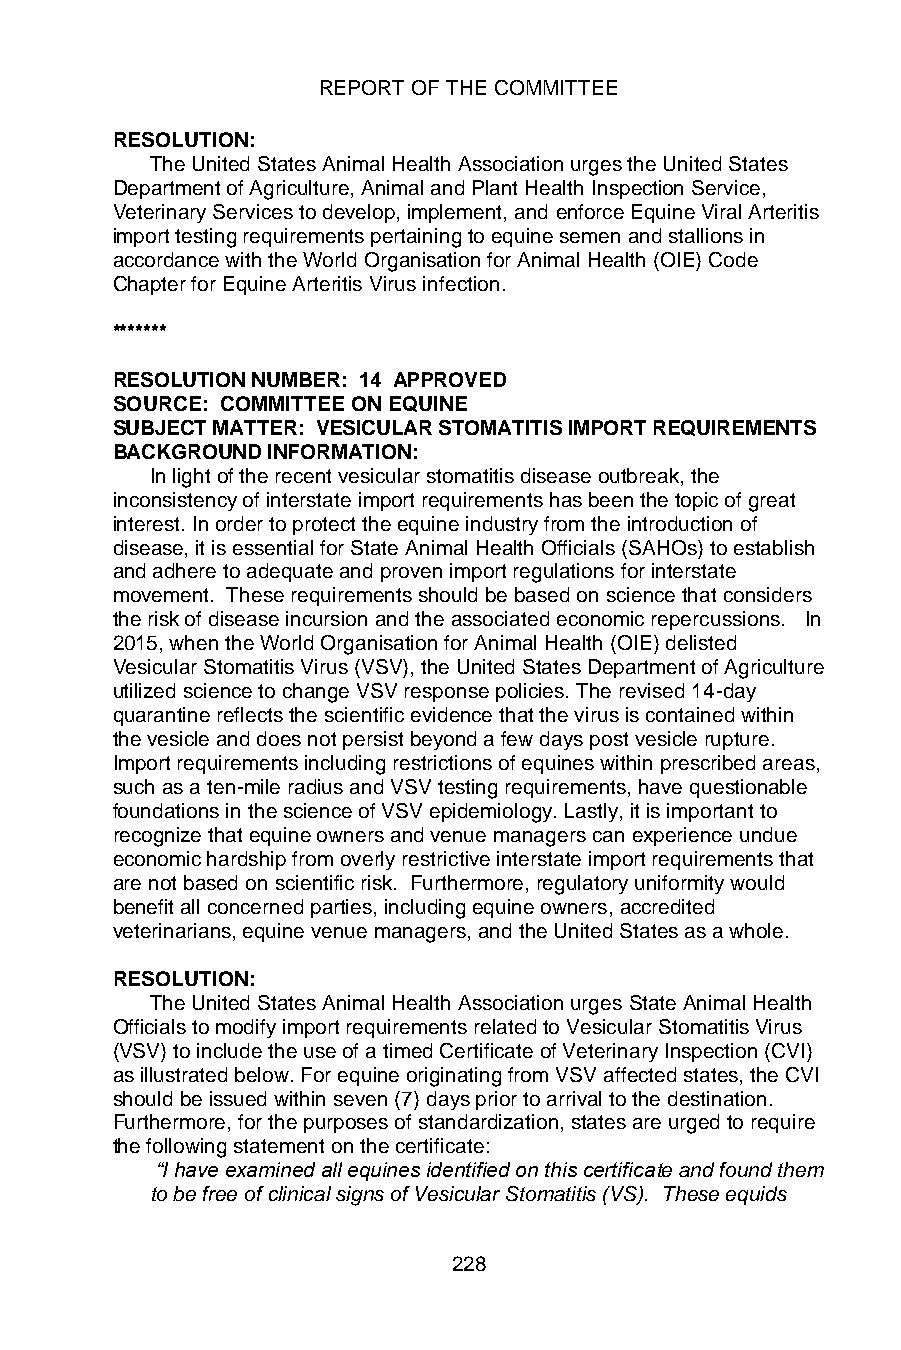
REPORT OF THE COMMITTEE
 RESOLUTION:
 The United States Animal Health Association urges the United States
 Department of Agriculture, Animal and Plant Health Inspection Service,
 Veterinary Services to develop, implement, and enforce Equine Viral Arteritis
 import testing requirements pertaining to equine semen and stallions in
 accordance with the World Organisation for Animal Health (OIE) Code
 Chapter for Equine Arteritis Virus infection.
 *******
 RESOLUTION NUMBER: 14 APPROVED
 SOURCE: COMMITTEE ON EQUINE
 SUBJECT MATTER: VESICULAR STOMATITIS IMPORT REQUIREMENTS
 BACKGROUND INFORMATION:
 In light of the recent vesicular stomatitis disease outbreak, the
 inconsistency of interstate import requirements has been the topic of great
 interest. In order to protect the equine industry from the introduction of
 disease, it is essential for State Animal Health Officials (SAHOs) to establish
 and adhere to adequate and proven import regulations for interstate
 movement. These requirements should be based on science that considers
 the risk of disease incursion and the associated economic repercussions. In
 2015, when the World Organisation for Animal Health (OIE) delisted
 Vesicular Stomatitis Virus (VSV), the United States Department of Agriculture
 utilized science to change VSV response policies. The revised 14-day
 quarantine reflects the scientific evidence that the virus is contained within
 the vesicle and does not persist beyond a few days post vesicle rupture.
 Import requirements including restrictions of equines within prescribed areas,
 such as a ten-mile radius and VSV testing requirements, have questionable
 foundations in the science of VSV epidemiology. Lastly, it is important to
 recognize that equine owners and venue managers can experience undue
 economic hardship from overly restrictive interstate import requirements that
 are not based on scientific risk. Furthermore, regulatory uniformity would
 benefit all concerned parties, including equine owners, accredited
 veterinarians, equine venue managers, and the United States as a whole.
 RESOLUTION:
 The United States Animal Health Association urges State Animal Health
 Officials to modify import requirements related to Vesicular Stomatitis Virus
 (VSV) to include the use of a timed Certificate of Veterinary Inspection (CVI)
 as illustrated below. For equine originating from VSV affected states, the CVI
 should be issued within seven (7) days prior to arrival to the destination.
 Furthermore, for the purposes of standardization, states are urged to require
 the following statement on the certificate:
 “I have examined all equines identified on this certificate and found them
 to be free of clinical signs of Vesicular Stomatitis (VS). These equids
 228